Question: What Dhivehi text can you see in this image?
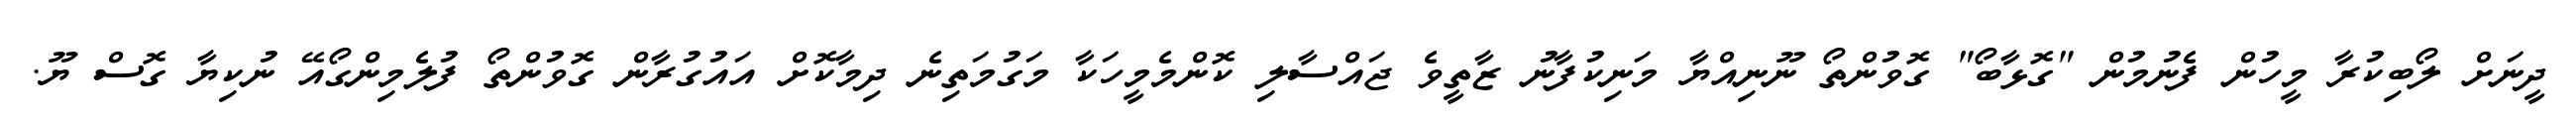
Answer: ދީނަށް ލޯބިކުރާ މީހުން ފެނުމުން "ގޮޅާބޯ" ގޮވުންތޯ ނޫނިއްޔާ މަނިކުފާނު ޒާތީވެ ޖައްސާލި ކޮންމެމީހަކާ މަގުމަތިނެ ދިމާކޮށް އައުގުރާން ގޮވުންތޯ ފުލެމިންގޯއޭ ނުކިޔާ ގޮސް ޔޫ.